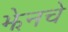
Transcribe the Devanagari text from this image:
झेनचे